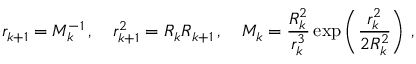
r _ { k + 1 } = M _ { k } ^ { - 1 } \, , \quad r _ { k + 1 } ^ { 2 } = R _ { k } R _ { k + 1 } \, , \quad M _ { k } = \frac { R _ { k } ^ { 2 } } { r _ { k } ^ { 3 } } \exp \left( \frac { r _ { k } ^ { 2 } } { 2 R _ { k } ^ { 2 } } \right) \, ,